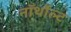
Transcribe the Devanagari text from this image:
नॉर्थोल्ट